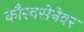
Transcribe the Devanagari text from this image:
कौरवसेनेवर